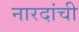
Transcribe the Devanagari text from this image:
नारदांची